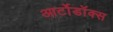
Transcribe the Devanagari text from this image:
आर्टोडॉक्स